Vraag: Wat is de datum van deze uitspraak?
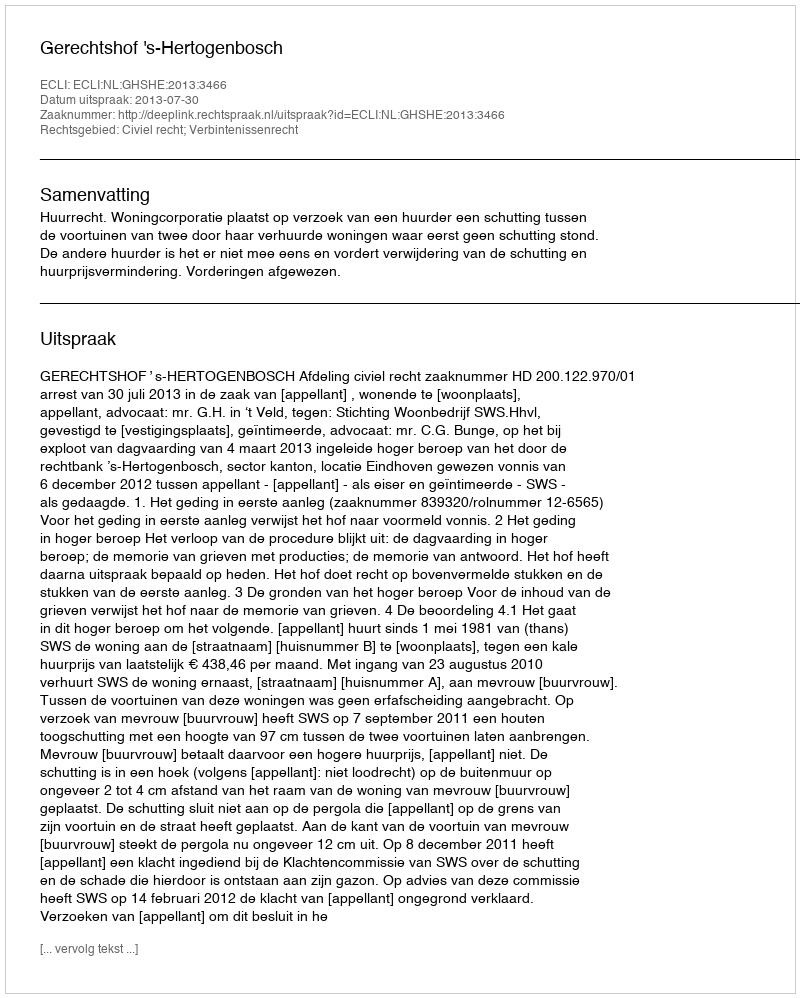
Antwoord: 2013-07-30